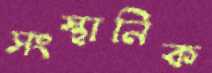
সংস্থানিক